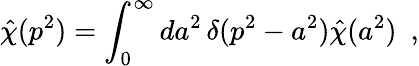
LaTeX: \hat{\chi}(p^{2})=\int_{0}^{\infty}da^{2}\, \delta(p^{2}-a^{2})\hat{\chi}(a^{2})\, \, \, ,